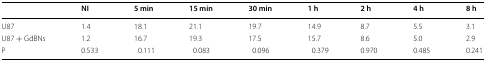
|  | NI | 5 min | 15 min | 30 min | 1 h | 2 h | 4 h | 8 h |
 | --- | --- | --- | --- | --- | --- | --- | --- | --- |
 | U87 | 1.4 | 18.1 | 21.1 | 19.7 | 14.9 | 8.7 | 5.5 | 3.1 |
 | U87 + GdBNs | 1.2 | 16.7 | 19.3 | 17.5 | 15.7 | 8.6 | 5.0 | 2.9 |
 | P | 0.533 | 0.111 | 0.083 | 0.096 | 0.379 | 0.970 | 0.485 | 0.241 |